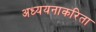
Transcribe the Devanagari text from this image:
अध्ययनाकरिता